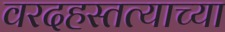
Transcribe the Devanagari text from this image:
वरदहस्तत्याच्या